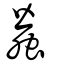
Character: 蠺